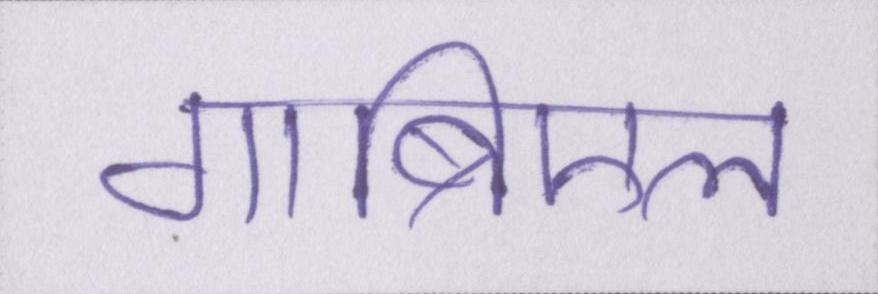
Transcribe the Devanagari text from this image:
गाब्रिएल